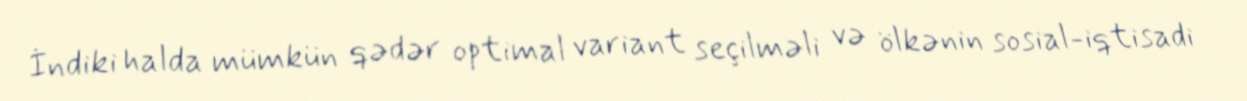
İndiki halda mümkün qədər optimal variant seçilməli və ölkənin sosial-iqtisadi